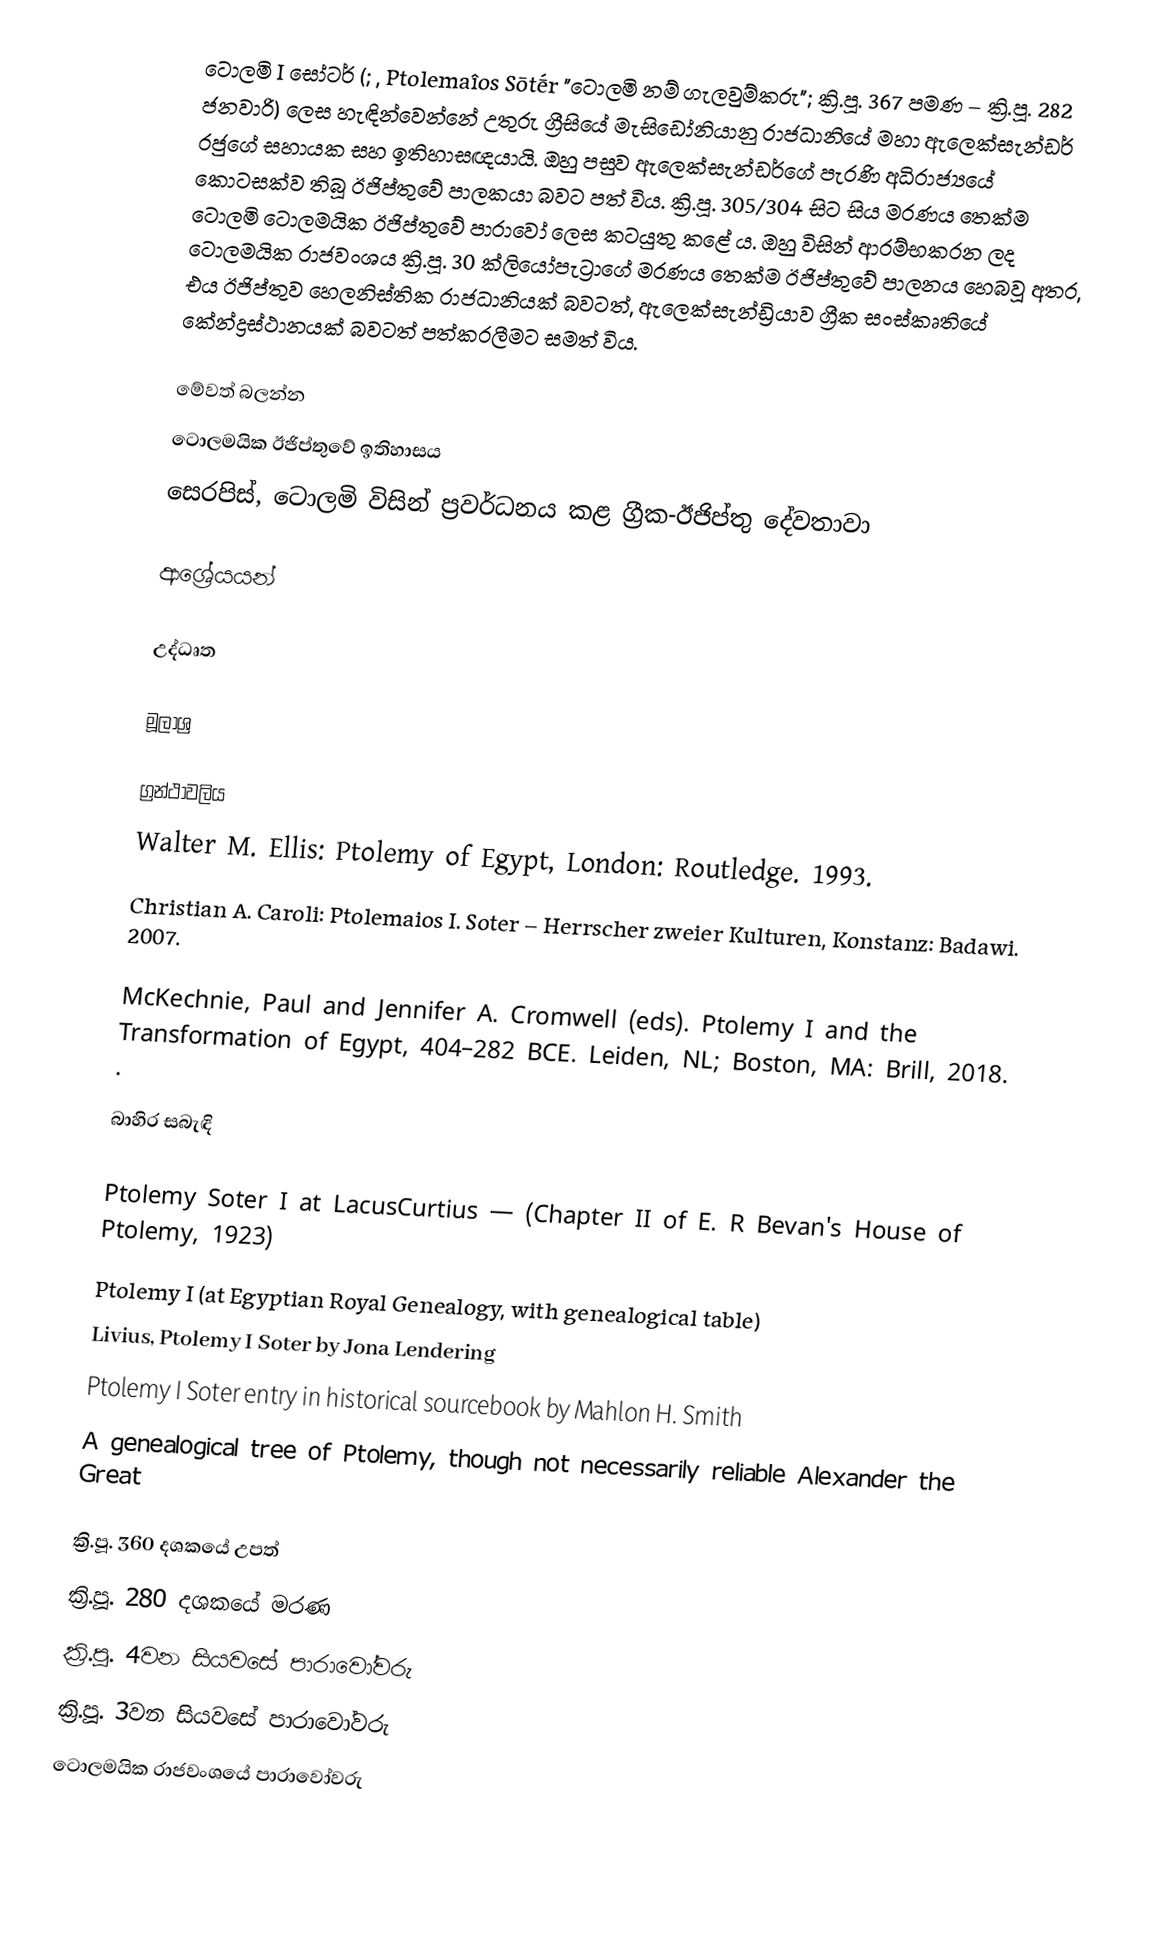
ටොලමි I සෝටර් (; , Ptolemaîos Sōtḗr "ටොලමි නම් ගැලවුම්කරු"; ක්‍රි.පූ. 367 පමණ – ක්‍රි.පූ. 282 ජනවාරි) ලෙස හැඳින්වෙන්නේ උතුරු ග්‍රීසියේ මැසිඩෝනියානු රාජධානියේ මහා ඇලෙක්සැන්ඩර් රජුගේ සහායක සහ ඉතිහාසඥයායි. ඔහු පසුව ඇලෙක්සැන්ඩර්ගේ පැරණි අධිරාජ්‍යයේ කොටසක්ව තිබූ ඊජිප්තුවේ පාලකයා බවට පත් විය. ක්‍රි.පූ. 305/304 සිට සිය මරණය තෙක්ම ටොලමි ටොලමයික ඊජිප්තුවේ පාරාවෝ ලෙස කටයුතු කළේ ය. ඔහු විසින් ආරම්භකරන ලද ටොලමයික රාජවංශය ක්‍රි.පූ. 30 ක්ලියෝපැට්‍රාගේ මරණය තෙක්ම ඊජිප්තුවේ පාලනය හෙබවූ අතර, එය ඊජිප්තුව හෙලනිස්තික රාජධානියක් බවටත්, ඇලෙක්සැන්ඩ්‍රියාව ග්‍රීක සංස්කෘතියේ කේන්ද්‍රස්ථානයක් බවටත් පත්කරලීමට සමත් විය.

මේවත් බලන්න
ටොලමයික ඊජිප්තුවේ ඉතිහාසය
සෙරපිස්, ටොලමි විසින් ප්‍රවර්ධනය කළ ග්‍රීක-ඊජිප්තු දේවතාවා

ආශ්‍රේයයන්

උද්ධෘත

මූලාශ්‍ර

ග්‍රන්ථාවලිය
 Walter M. Ellis: Ptolemy of Egypt, London: Routledge. 1993.
 Christian A. Caroli: Ptolemaios I. Soter – Herrscher zweier Kulturen, Konstanz: Badawi. 2007.

McKechnie, Paul and Jennifer A. Cromwell (eds). Ptolemy I and the Transformation of Egypt, 404–282 BCE. Leiden, NL; Boston, MA: Brill, 2018. .

බාහිර සබැඳි

Ptolemy Soter I at LacusCurtius — (Chapter II of E. R Bevan's House of Ptolemy, 1923)
Ptolemy I (at Egyptian Royal Genealogy, with genealogical table)
Livius, Ptolemy I Soter by Jona Lendering
Ptolemy I Soter entry in historical sourcebook by Mahlon H. Smith
A genealogical tree of Ptolemy, though not necessarily reliable Alexander the Great

ක්‍රි.පූ. 360 දශකයේ උපත්
ක්‍රි.පූ. 280 දශකයේ මරණ
ක්‍රි.පූ. 4වන සියවසේ පාරාවෝවරු
ක්‍රි.පූ. 3වන සියවසේ පාරාවෝවරු
ටොලමයික රාජවංශයේ පාරාවෝවරු